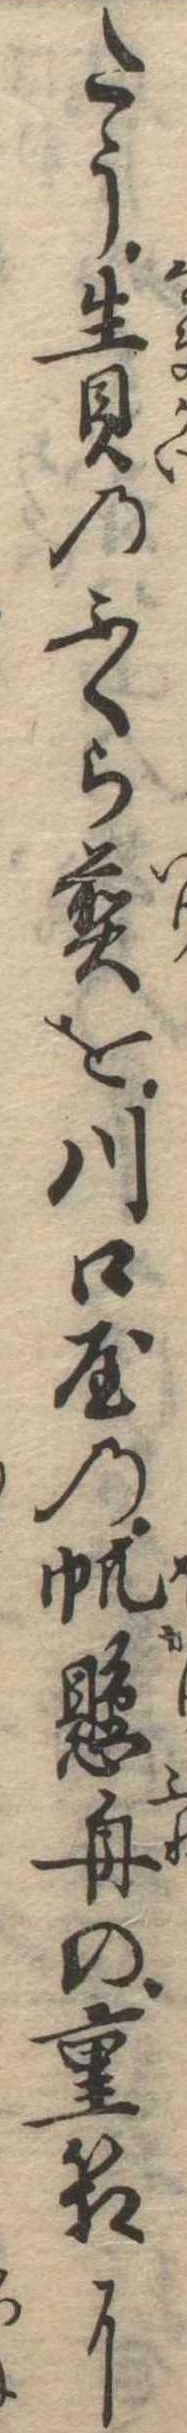
たう生貝のふくら煎を川口屋の帆懸舟の重箱に